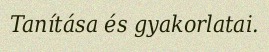
Tanítása és gyakorlatai.